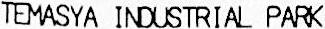
TEMASYA INDUSTRIAL PARK